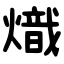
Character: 熾